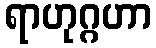
ရာဟုဂ္ဂဟာ